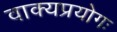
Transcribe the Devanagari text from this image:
वाक्यप्रयोगः